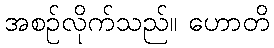
အစဉ်လိုက်သည်။ ဟောတိ